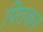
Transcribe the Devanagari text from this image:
पितकर